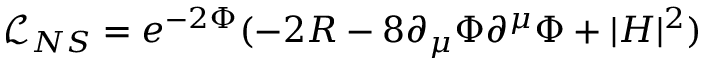
\mathcal { L } _ { N S } = e ^ { - 2 \Phi } ( - 2 R - 8 \partial _ { \mu } \Phi \partial ^ { \mu } \Phi + | H | ^ { 2 } )